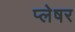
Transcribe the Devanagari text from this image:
प्लेषर